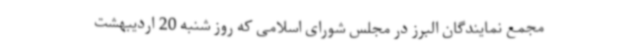
مجمع نمایندگان البرز در مجلس شورای اسلامی که روز شنبه 20 اردیبهشت